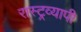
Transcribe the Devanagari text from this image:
रास्ट्रव्यापी